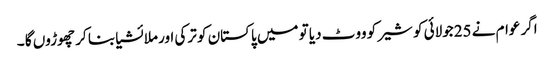
اگر عوام نے 25جولائی کو شیر کو ووٹ دیا تو میں پاکستان کو ترکی اور ملائشیا بنا کر چھوڑوں گا ۔